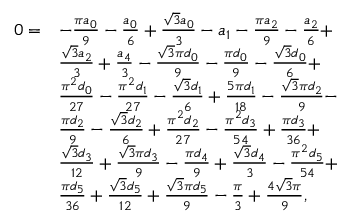
\begin{array} { r l } { 0 = } & { - \frac { \pi a _ { 0 } } { 9 } - \frac { a _ { 0 } } { 6 } + \frac { \sqrt { 3 } a _ { 0 } } { 3 } - a _ { 1 } - \frac { \pi a _ { 2 } } { 9 } - \frac { a _ { 2 } } { 6 } + } \\ & { \frac { \sqrt { 3 } a _ { 2 } } { 3 } + \frac { a _ { 4 } } { 3 } - \frac { \sqrt { 3 } \pi d _ { 0 } } { 9 } - \frac { \pi d _ { 0 } } { 9 } - \frac { \sqrt { 3 } d _ { 0 } } { 6 } + } \\ & { \frac { \pi ^ { 2 } d _ { 0 } } { 2 7 } - \frac { \pi ^ { 2 } d _ { 1 } } { 2 7 } - \frac { \sqrt { 3 } d _ { 1 } } { 6 } + \frac { 5 \pi d _ { 1 } } { 1 8 } - \frac { \sqrt { 3 } \pi d _ { 2 } } { 9 } - } \\ & { \frac { \pi d _ { 2 } } { 9 } - \frac { \sqrt { 3 } d _ { 2 } } { 6 } + \frac { \pi ^ { 2 } d _ { 2 } } { 2 7 } - \frac { \pi ^ { 2 } d _ { 3 } } { 5 4 } + \frac { \pi d _ { 3 } } { 3 6 } + } \\ & { \frac { \sqrt { 3 } d _ { 3 } } { 1 2 } + \frac { \sqrt { 3 } \pi d _ { 3 } } { 9 } - \frac { \pi d _ { 4 } } { 9 } + \frac { \sqrt { 3 } d _ { 4 } } { 3 } - \frac { \pi ^ { 2 } d _ { 5 } } { 5 4 } + } \\ & { \frac { \pi d _ { 5 } } { 3 6 } + \frac { \sqrt { 3 } d _ { 5 } } { 1 2 } + \frac { \sqrt { 3 } \pi d _ { 5 } } { 9 } - \frac { \pi } { 3 } + \frac { 4 \sqrt { 3 } \pi } { 9 } , } \end{array}